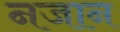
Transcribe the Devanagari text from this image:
नजान